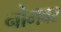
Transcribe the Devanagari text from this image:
नोमबर